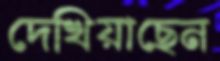
দেখিয়াছেন